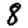
Digit: 8